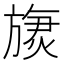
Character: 𬀏